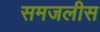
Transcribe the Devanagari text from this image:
समजलीस